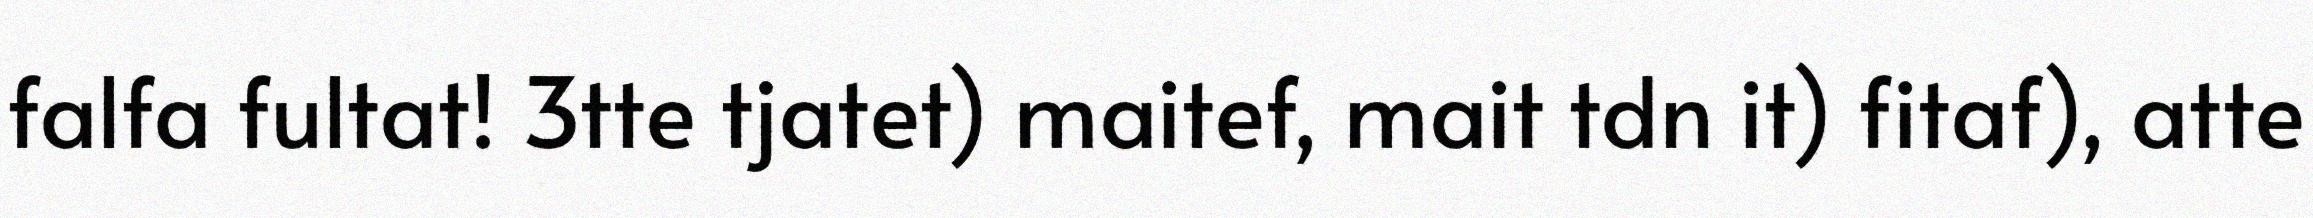
falfa fultat! 3tte tjatet) maitef, mait tdn it) fitaf), atte